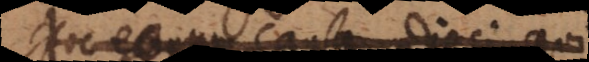
Hoc eorum causa adjeci, qui